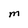
Character: M